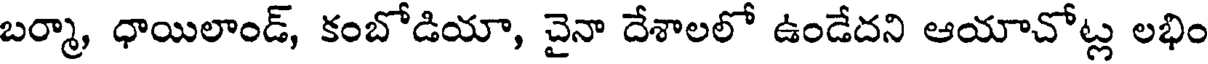
బర్మా, ధాయిలాండ్, కంబోడియా, చైనా దేశాలలో ఉండేదని ఆయాచోట్ల లభిం